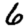
Digit: 6